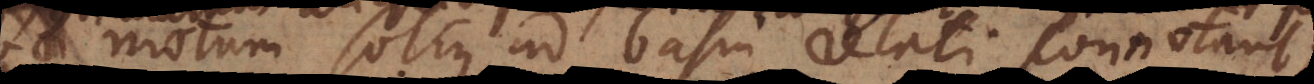
otum solius ad basin relati connotan